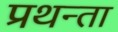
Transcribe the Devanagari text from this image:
प्रथन्ता